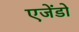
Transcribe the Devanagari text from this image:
एजेंडो